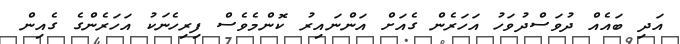
އަދި ބައެއް ދުވަސްދުވަހު އަހަރެން ގެއަށް އަންނައިރު ކޮންމެވެސް ފިރިހެނަކު އަހަރެންގެ ގެއިން